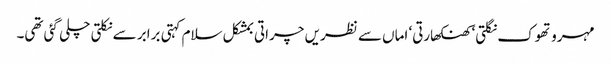
مہرو تھوک نگلتی‘ کھنکھارتی‘ اماں سے نظریں چراتی بمشکل سلام کہتی برابر سے نکلتی چلی گئی تھی۔